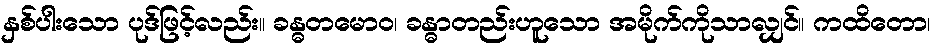
နှစ်ပါးသော ပုဒ်ဖြင့်လည်း။ ခန္ဓတမောဝ၊ ခန္ဓာတည်းဟူသော အမိုက်ကိုသာလျှင်။ ကထိတော၊